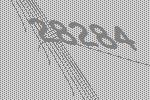
28284